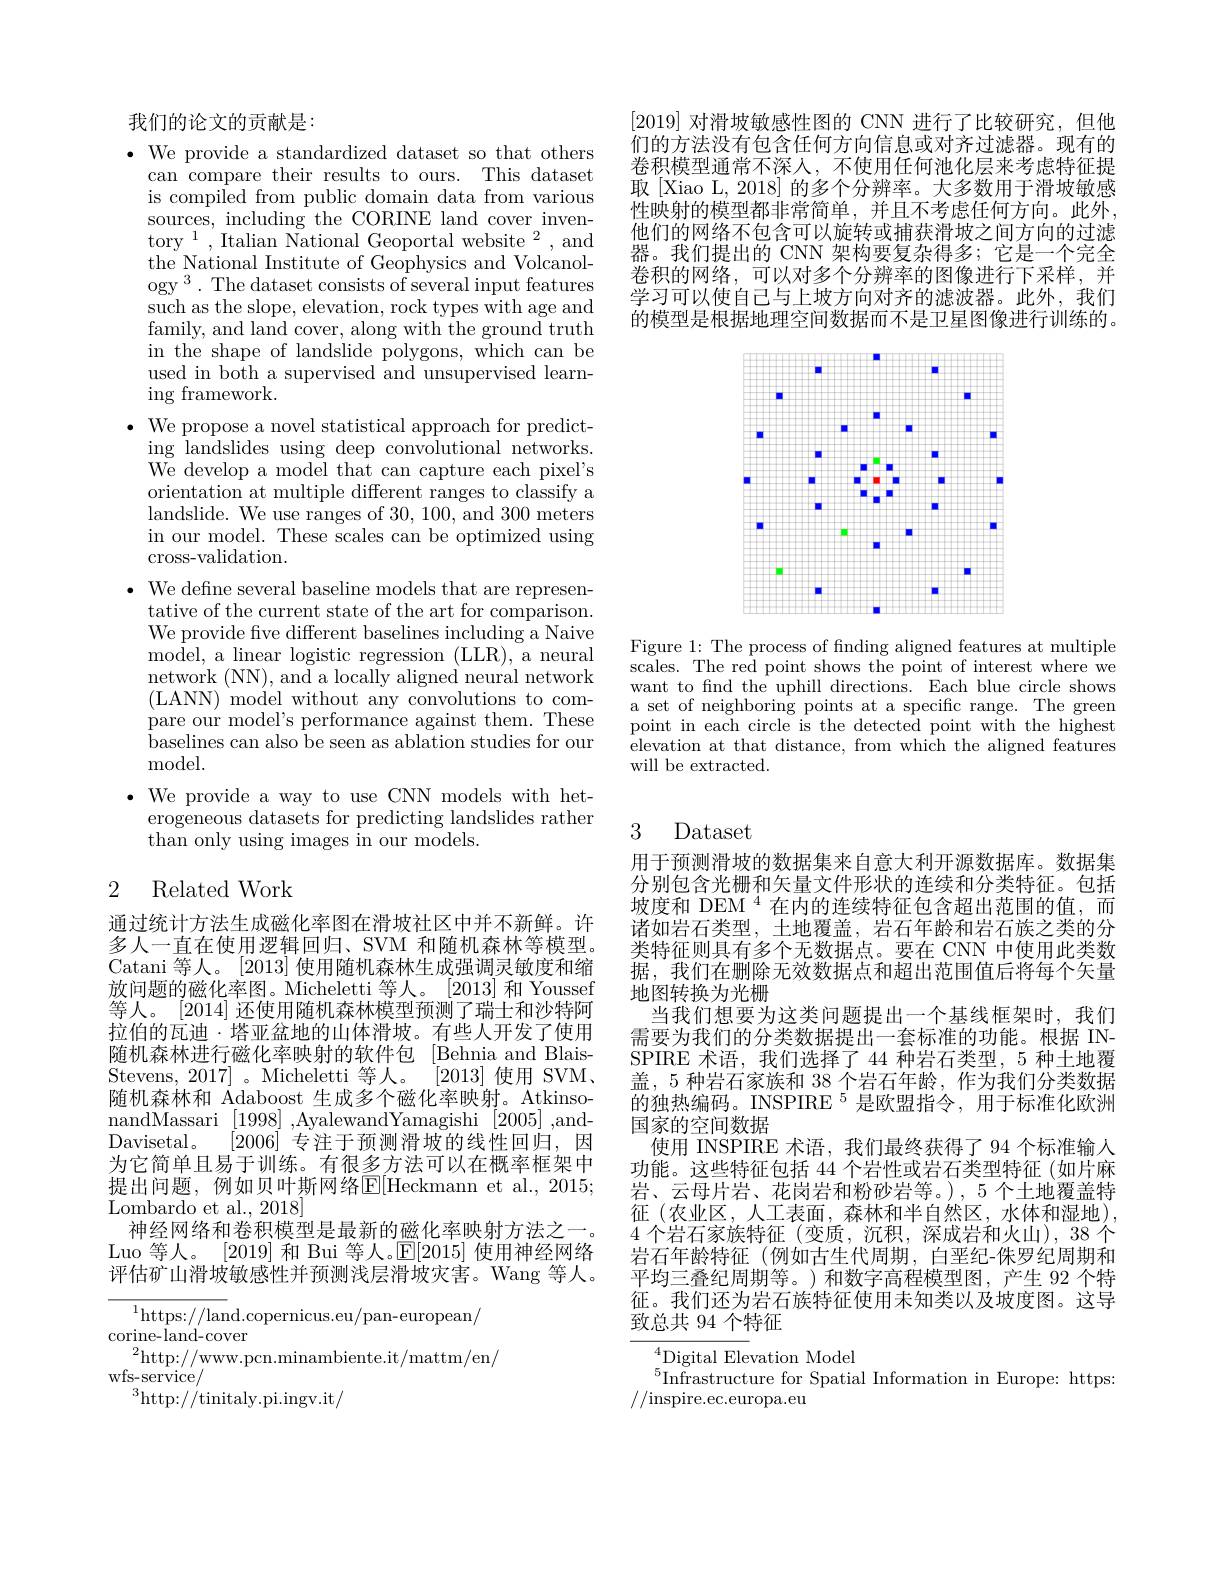
我们的论文的贡献是：

$\bullet$ We provide a standardized dataset so that others
can compare their results to ours. This dataset is compiled from public domain data from various sources, including the CORINE land cover inventory$^1$,Italian National Geoportal website$^2$,and the National Institute of Geophysics and Volcanology 3. The dataset consists of several input features such as the slope, elevation, rock types with age and family, and land cover, along with the ground truth in the shape of landslide polygons, which can be used in both a supervised and unsupervised learning framework.
$\bullet$ We propose a novel statistical approach for predict-
ing landslides using deep convolutional networks. We develop a model that can capture each pixel's orientation at multiple different ranges to classify a landslide. We use ranges of 30,100,and 300 meters in our model. These scales can be optimized using $\operatorname{cross-validation}.$
$\bullet$ We defne several baseline models that are represen-
tative of the current state of the art for comparison. We provide fve different baselines including a Naive model, a linear logistic regression (LLR), a neural network (NN), and a locally aligned neural network ( LANN) model without any convolutions to compare our model's performance against them. These baselines can also be seen as ablation studies for our ${\mathrm{model}}.$
$\bullet$ We provide a way to use CNN models with het-
erogeneous datasets for predicting landslides rather
than only using images in our models.

## 2 Related Work

通过统计方法生成磁化率图在滑坡社区中并不新鲜。许多人一直在使用逻辑回归、SVM 和随机森林等模型。Catani 等人。[2013]使用随机森林生成强调灵敏度和缩放问题的磁化率图。Micheletti 等人。[2013] 和 Youssef 等人。[2014]还使用随机森林模型预测了瑞士和沙特阿拉伯的瓦迪·塔亚盆地的山体滑坡。有些人开发了使用随机森林进行磁化率映射的软件包 [Behnia and BlaisStevens, 2017] 。Micheletti 等人。
[2013]使用 SVM$、$
随机森林和 Adaboost 生成多个磁化率映射。AtkinsonandMassari [1998],AyalewandYamagishi[2005],andDavisetal。
[2006]专注于预测滑坡的线性回归，因
为它简单且易于训练。有很多方法可以在概率框架中提出问题，例如贝叶斯网络E[Heckmann et al.,2015; Lombardo et al., 2018]
神经网络和卷积模型是最新的磁化率映射方法之一。Luo 等人。[2019]和 Bui 等人。$\mathbb{E}[2015]$使用神经网络评估矿山滑坡敏感性并预测浅层滑坡灾害。Wang 等人。
$$\begin{aligned}&^{1}\mathrm{https://lan}\mathrm{d.copernicus.eu/pan-european/}\\&\text{corine-land-cover}\\&^{2}\mathrm{http://www.pcn.minambiente.it/mattm/en/}\\&\text{wfs-service/}\\&^{3}\mathrm{http://tinitaly.pi.ingv.it/}\end{aligned}$$
[2019]对滑坡敏感性图的 CNN 进行了比较研究，但他们的方法没有包含任何方向信息或对齐过滤器。现有的卷积模型通常不深人，不使用任何池化层来考虑特征提取 [Xiao L, 2018] 的多个分辨率。大多数用于滑坡敏感性映射的模型都非常简单，并且不考虑任何方向。此外， 他们的网络不包含可以旋转或捕获滑坡之间方向的过滤器。我们提出的 CNN 架构要复杂得多；它是一个完全卷积的网络，可以对多个分辨率的图像进行下采样，并学习可以使自己与上坡方向对齐的滤波器。此外，我们的模型是根据地理空间数据而不是卫星图像进行训练的。

<FigureHere>

Figure 1: The process of finding aligned features at multiple scales. The red point shows the point of interest where we want to fnd the uphill directions. Each blue circle shows a set of neighboring points at a specific range. The green point in each circle is the detected point with the highest elevation at that distance, from which the aligned features will be extracted.

## 3 Dataset

用于预测滑坡的数据集来自意大利开源数据库。数据集分别包含光栅和矢量文件形状的连续和分类特征。包括坡度和 DEM $^{4}$在内的连续特征包含超出范围的值，而诸如岩石类型，土地覆盖，岩石年龄和岩石族之类的分类特征则具有多个无数据点。要在 CNN 中使用此类数据，我们在删除无效数据点和超出范围值后将每个矢量地图转换为光栅
当我们想要为这类问题提出一个基线框架时，我们需要为我们的分类数据提出一套标准的功能。根据 INSPIRE 术语，我们选择了 44 种岩石类型，5 种土地覆盖，5 种岩石家族和 38 个岩石年龄，作为我们分类数据的独热编码。INSPIRE$^{5}$是欧盟指令，用于标准化欧洲国家的空间数据
使用 INSPIRE 术语，我们最终获得了 94 个标准输人功能。这些特征包括 44 个岩性或岩石类型特征 (如片麻岩、云母片岩、花岗岩和粉砂岩等。),5 个土地覆盖特征 (农业区，人工表面，森林和半自然区，水体和湿地), 4个岩石家族特征 (变质，沉积，深成岩和火山),38 个岩石年龄特征(例如古生代周期，白垩纪-侏罗纪周期和平均三叠纪周期等。)和数字高程模型图，产生 92 个特征。我们还为岩石族特征使用未知类以及坡度图。这导致总共 94 个特征

${\overline{{^4}}\text{Digital Ele}}$vation Model
${}^{5}$Infrastructure for Spatial Information in Europe: https:
//inspire.ec.europa.eu